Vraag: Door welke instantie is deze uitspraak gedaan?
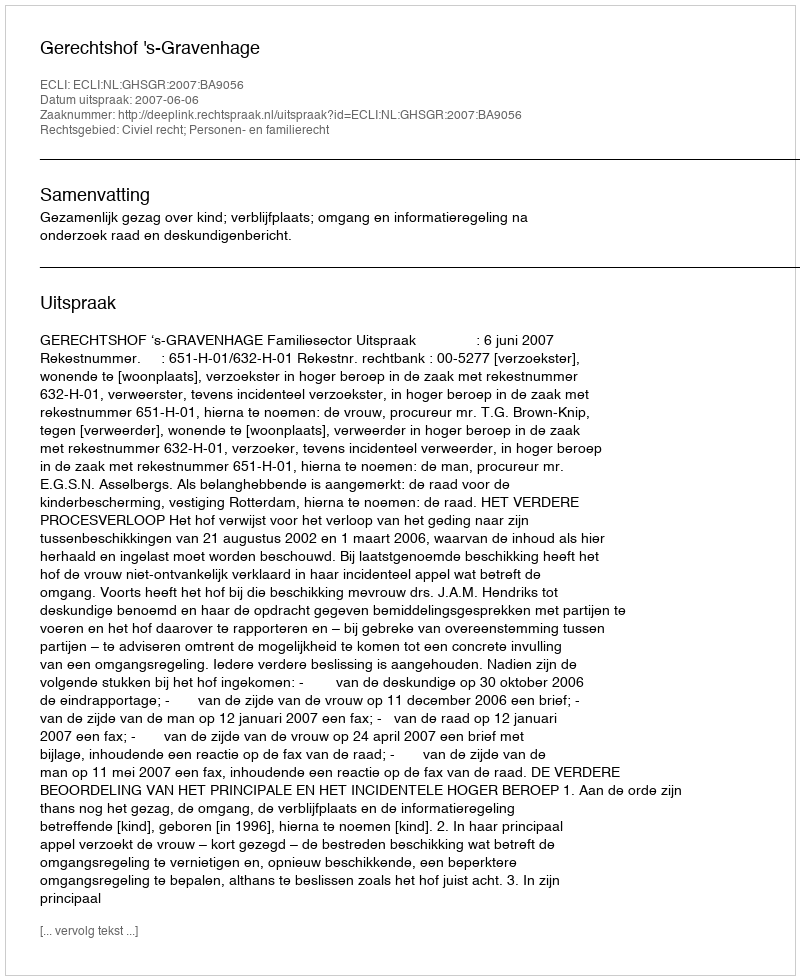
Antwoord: Gerechtshof 's-Gravenhage